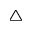
\bigtriangleup